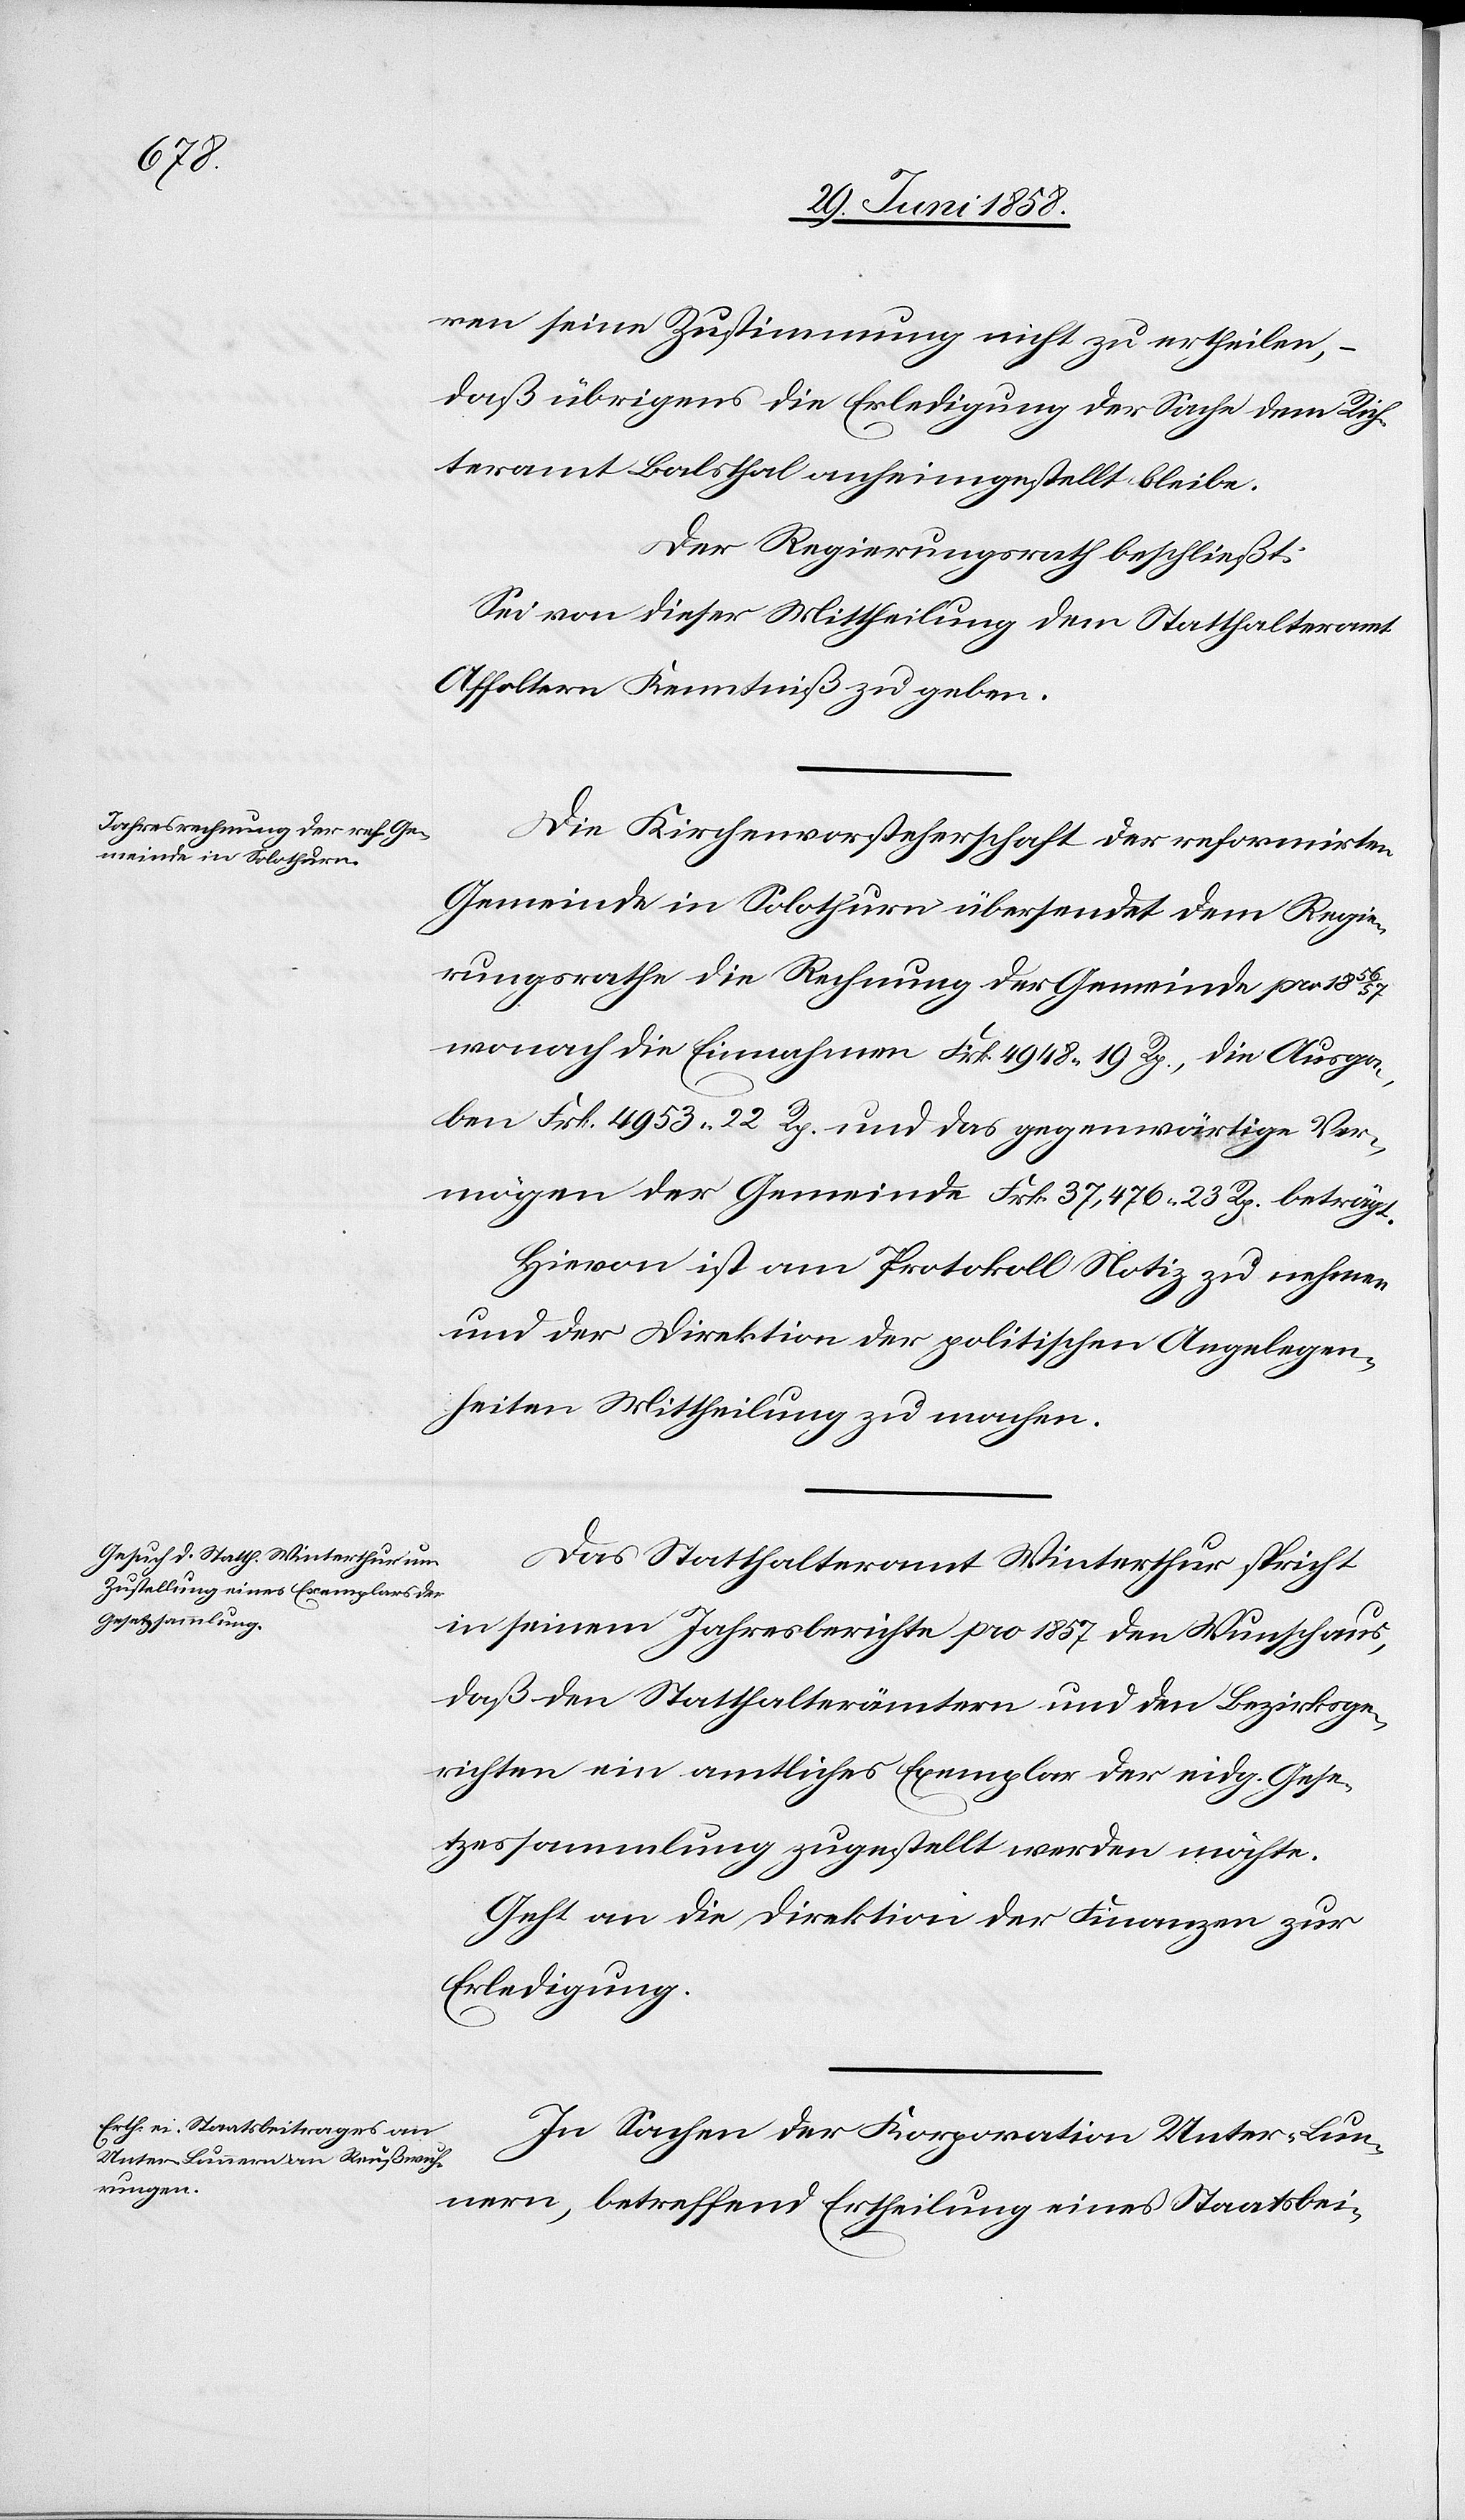
ren seine Zustimmung nicht zu ertheilen,
daß übrigens die Erledigung der Sache dem Rich¬
teramt Balsthal anheimgestellt bleibe.
Der Regierungsrath beschließt:
Sei von dieser Mittheilung dem Statthalteramt
Affoltern Kenntniß zu geben.
Die Kirchenvorsteherschaft der reformirten
Gemeinde in Solothurn übersendet dem Regie¬
rungsrathe die Rechnung der Gemeinde pro
wonach die Einnahmen Frk. 4948 19 Rp., die Ausga¬
ben Frk. 4953 22 Rp. und das gegenwärtige Ver¬
mögen der Gemeinde Frk. 37,476 23 Rp. beträgt.
Hievon ist am Protokoll Notiz zu nehmen
und der Direktion der politischen Angelegen¬
heiten Mittheilung zu machen.
Das Statthalteramt Winterthur spricht
in seinem Jahresberichte pro 1857 den Wunsch aus,
daß den Statthalterämtern und den Bezirksge¬
richten ein amtliches Exemplar der eidg. Gese¬
tzessammlung zugestellt werden möchte.
Geht an die Direktion der Finanzen zur
Erledigung.
In Sachen der Korporation Unter-Lun¬
nern, betreffend Ertheilung eines Staatsbei-